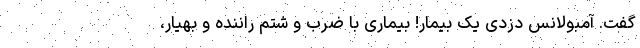
گفت. آمبولانس دزدی یک بیمار! بیماری با ضرب و شتم راننده و بهیار،